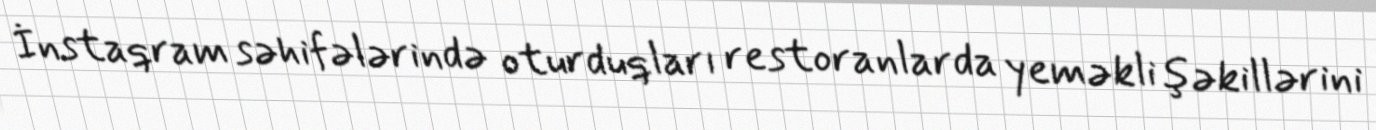
İnstaqram səhifələrində oturduqları restoranlarda yeməkli şəkillərini